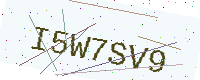
Text: I5W7SV9